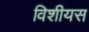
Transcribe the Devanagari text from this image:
विशीयस